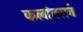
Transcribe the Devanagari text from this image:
कलांतराने